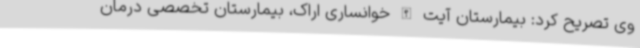
وی تصریح کرد: بیمارستان آیت الله خوانساری اراک، بیمارستان تخصصی درمان